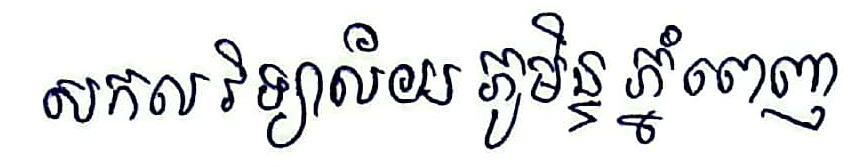
សកលវិទ្យាល័យ ភូមិន្ទ ភ្នំពេញ